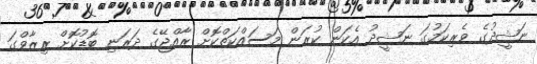
ނަޝީދުގެ ވެރިކަމުގަ ނަޝީދު އެކަން ކުރަން މަސައްކަތްކޮށް ރާއްޖޭގެ ދަރަނި ބޮޑުކޮށް ރިޒާވްގަ